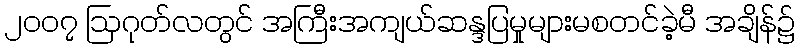
၂၀၀၇ ဩဂုတ်လတွင် အကြီးအကျယ်ဆန္ဒပြမှုများမစတင်ခဲ့မီ အချိန်၌